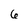
Character: 6